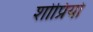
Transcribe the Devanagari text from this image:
शोप्रियो